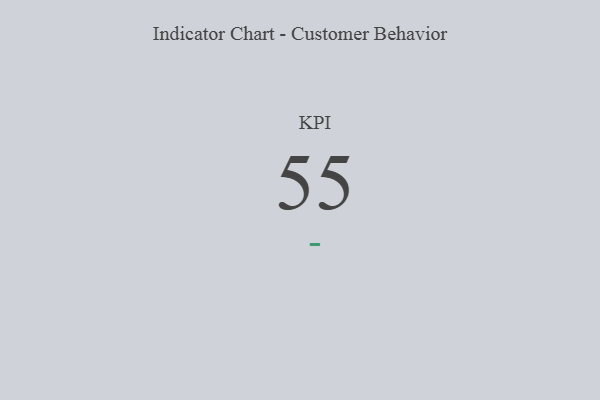
{"axis": {"x": "KPI", "y": "Value"}, "legend": [""], "data": [{"x": "KPI", "y": 55, "type": ""}]}